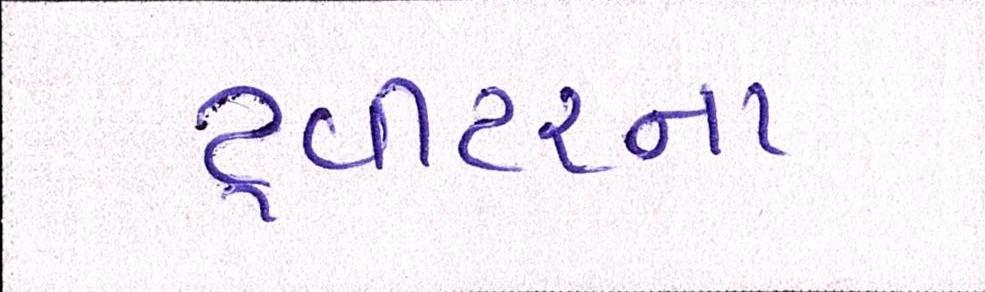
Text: ટ્વીટરના